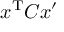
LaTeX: x ^ { \mathrm { T } } C x ^ { \prime }